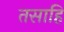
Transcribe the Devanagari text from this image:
तसाहि